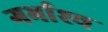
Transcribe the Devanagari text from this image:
गर्भाश्य